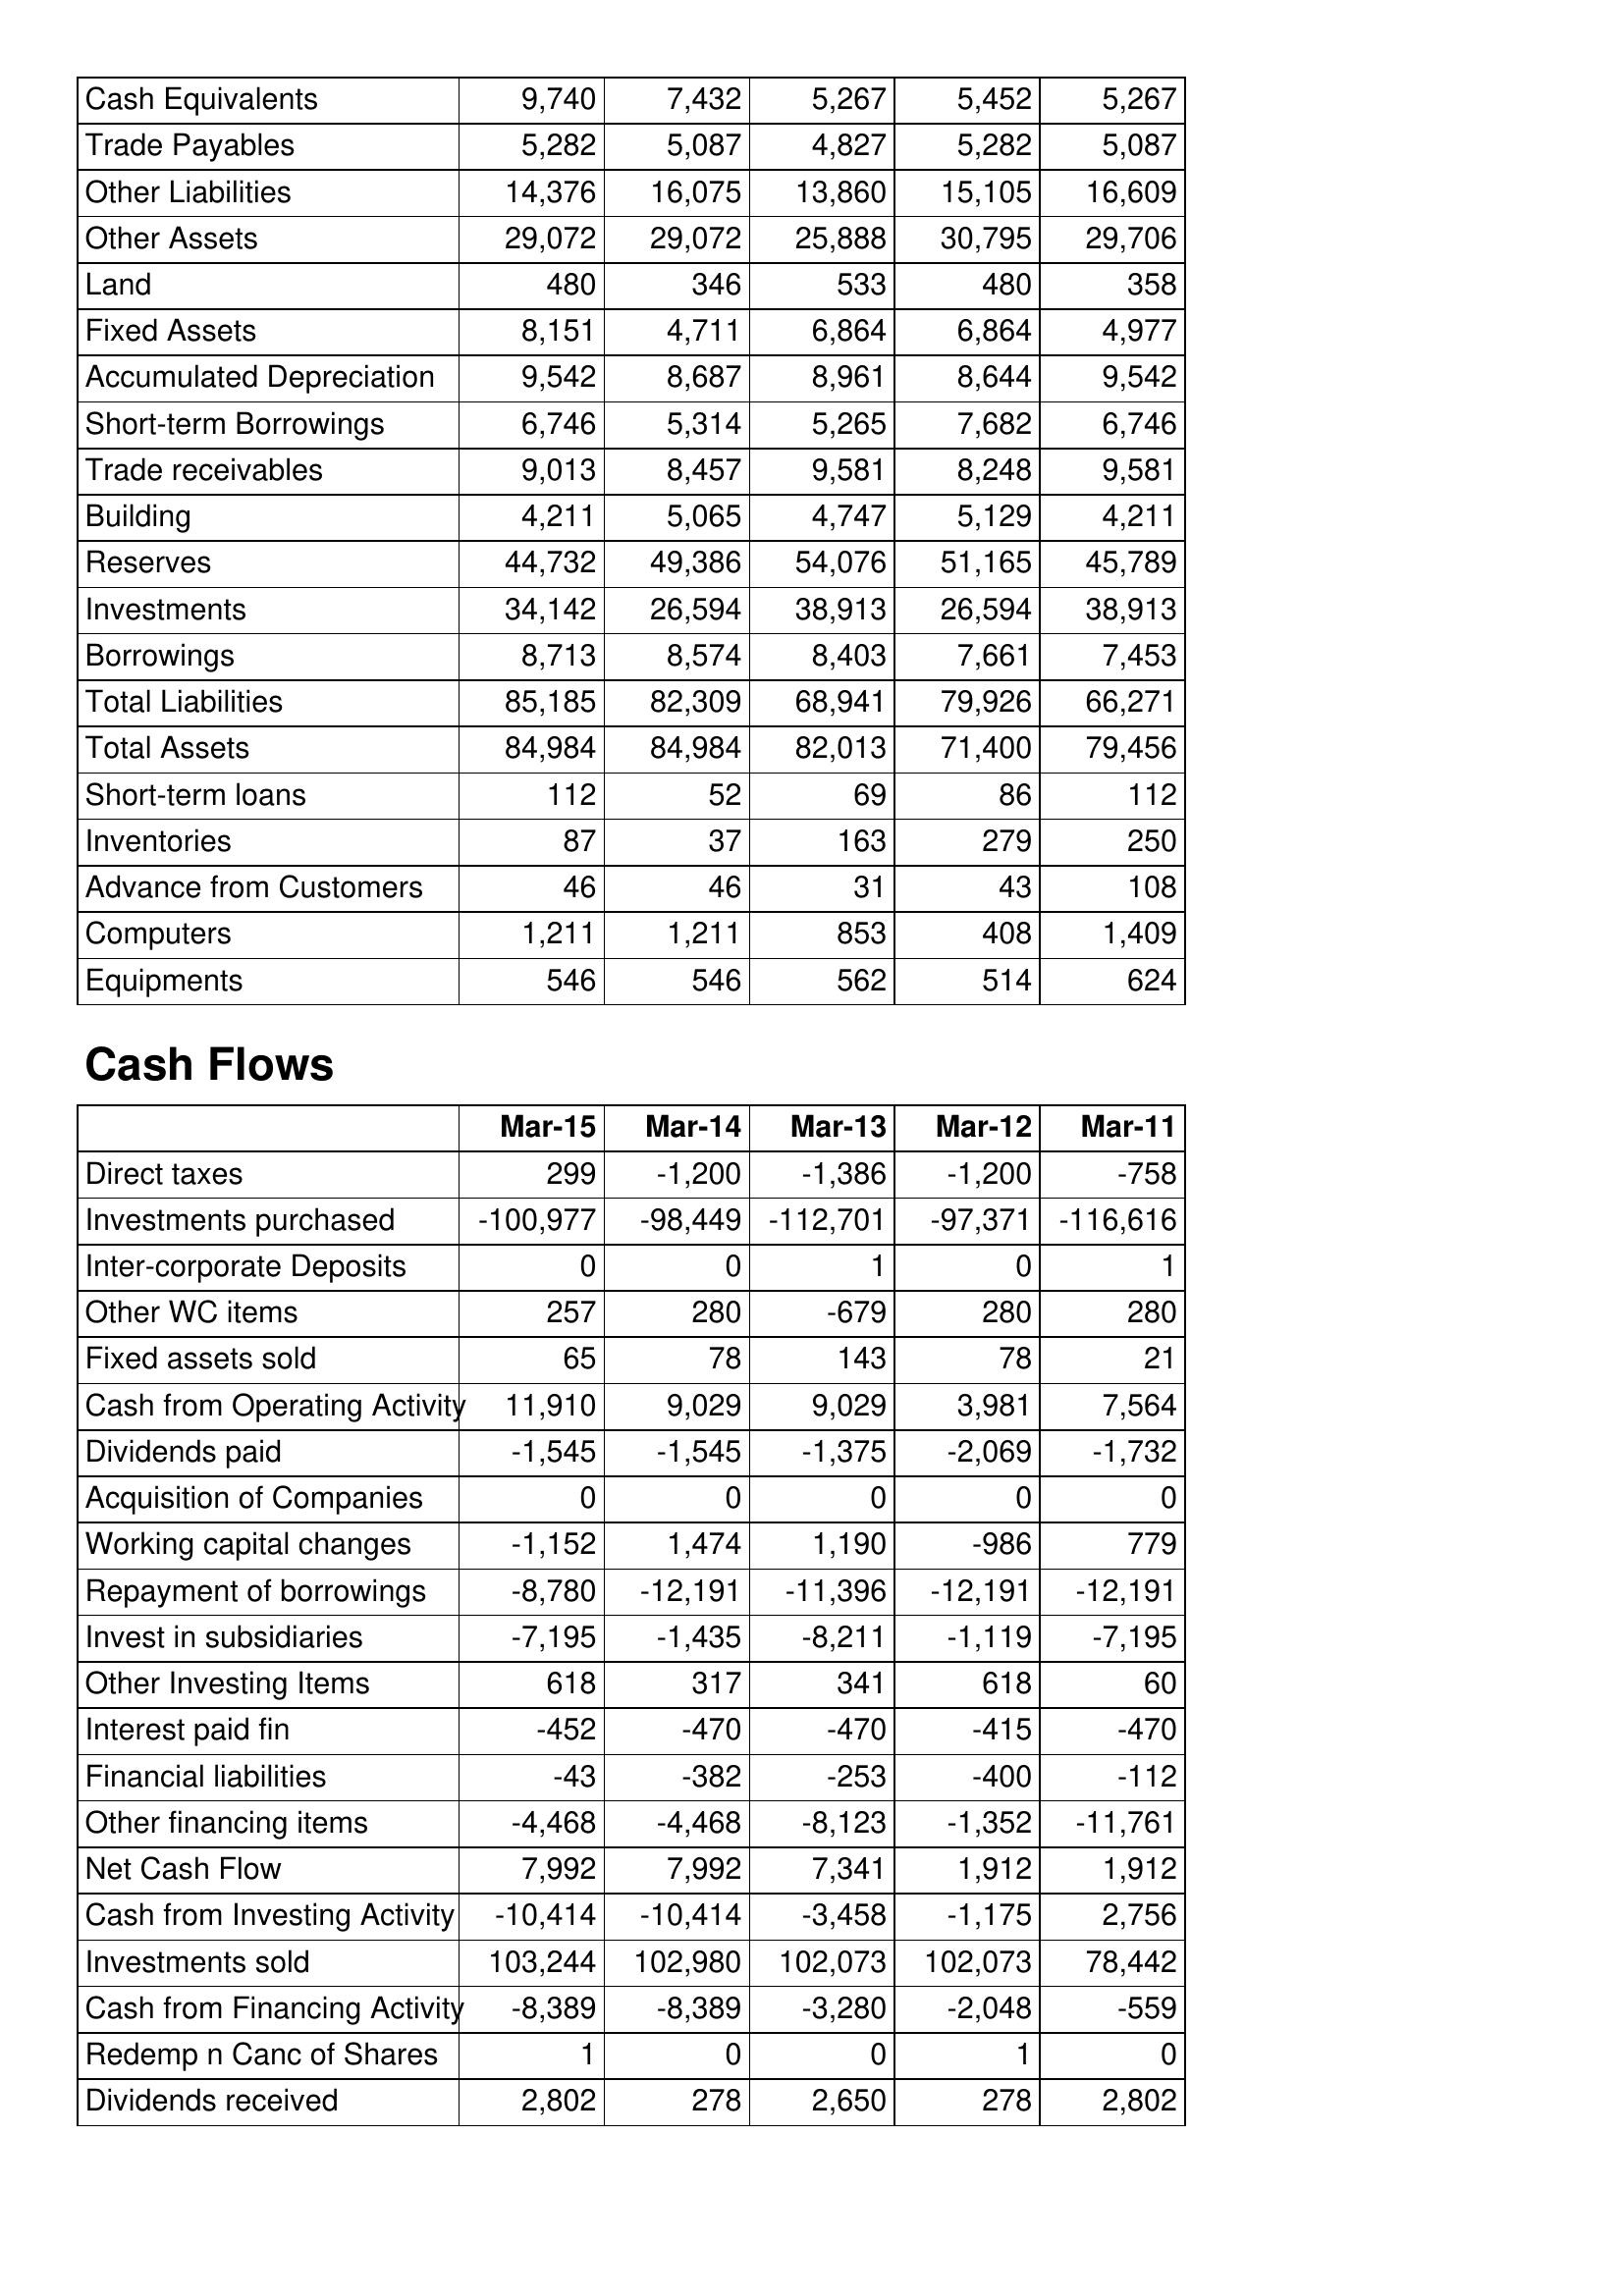
Mar-15: Balance Sheet: Cash Equivalents: 9,740
Trade Payables: 5,282
Other Liabilities: 14,376
Other Assets: 29,072
Land: 480
Fixed Assets: 8,151
Accumulated Depreciation: 9,542
Short-term Borrowings: 6,746
Trade receivables: 9,013
Building: 4,211
Reserves: 44,732
Investments: 34,142
Borrowings: 8,713
Total Liabilities: 85,185
Total Assets: 84,984
Short-term loans: 112
Inventories: 87
Advance from Customers: 46
Computers: 1,211
Equipments: 546
Cash Flows: Direct taxes: 299
Investments purchased: -100,977
Inter-corporate Deposits: 0
Other WC items: 257
Fixed assets sold: 65
Cash from Operating Activity: 11,910
Dividends paid: -1,545
Acquisition of Companies: 0
Working capital changes: -1,152
Repayment of borrowings: -8,780
Invest in subsidiaries: -7,195
Other Investing Items: 618
Interest paid fin: -452
Financial liabilities: -43
Other financing items: -4,468
Net Cash Flow: 7,992
Cash from Investing Activity: -10,414
Investments sold: 103,244
Cash from Financing Activity: -8,389
Redemp n Canc of Shares: 1
Dividends received: 2,802
Mar-14: Balance Sheet: Cash Equivalents: 7,432
Trade Payables: 5,087
Other Liabilities: 16,075
Other Assets: 29,072
Land: 346
Fixed Assets: 4,711
Accumulated Depreciation: 8,687
Short-term Borrowings: 5,314
Trade receivables: 8,457
Building: 5,065
Reserves: 49,386
Investments: 26,594
Borrowings: 8,574
Total Liabilities: 82,309
Total Assets: 84,984
Short-term loans: 52
Inventories: 37
Advance from Customers: 46
Computers: 1,211
Equipments: 546
Cash Flows: Direct taxes: -1,200
Investments purchased: -98,449
Inter-corporate Deposits: 0
Other WC items: 280
Fixed assets sold: 78
Cash from Operating Activity: 9,029
Dividends paid: -1,545
Acquisition of Companies: 0
Working capital changes: 1,474
Repayment of borrowings: -12,191
Invest in subsidiaries: -1,435
Other Investing Items: 317
Interest paid fin: -470
Financial liabilities: -382
Other financing items: -4,468
Net Cash Flow: 7,992
Cash from Investing Activity: -10,414
Investments sold: 102,980
Cash from Financing Activity: -8,389
Redemp n Canc of Shares: 0
Dividends received: 278
Mar-13: Balance Sheet: Cash Equivalents: 5,267
Trade Payables: 4,827
Other Liabilities: 13,860
Other Assets: 25,888
Land: 533
Fixed Assets: 6,864
Accumulated Depreciation: 8,961
Short-term Borrowings: 5,265
Trade receivables: 9,581
Building: 4,747
Reserves: 54,076
Investments: 38,913
Borrowings: 8,403
Total Liabilities: 68,941
Total Assets: 82,013
Short-term loans: 69
Inventories: 163
Advance from Customers: 31
Computers: 853
Equipments: 562
Cash Flows: Direct taxes: -1,386
Investments purchased: -112,701
Inter-corporate Deposits: 1
Other WC items: -679
Fixed assets sold: 143
Cash from Operating Activity: 9,029
Dividends paid: -1,375
Acquisition of Companies: 0
Working capital changes: 1,190
Repayment of borrowings: -11,396
Invest in subsidiaries: -8,211
Other Investing Items: 341
Interest paid fin: -470
Financial liabilities: -253
Other financing items: -8,123
Net Cash Flow: 7,341
Cash from Investing Activity: -3,458
Investments sold: 102,073
Cash from Financing Activity: -3,280
Redemp n Canc of Shares: 0
Dividends received: 2,650
Mar-12: Balance Sheet: Cash Equivalents: 5,452
Trade Payables: 5,282
Other Liabilities: 15,105
Other Assets: 30,795
Land: 480
Fixed Assets: 6,864
Accumulated Depreciation: 8,644
Short-term Borrowings: 7,682
Trade receivables: 8,248
Building: 5,129
Reserves: 51,165
Investments: 26,594
Borrowings: 7,661
Total Liabilities: 79,926
Total Assets: 71,400
Short-term loans: 86
Inventories: 279
Advance from Customers: 43
Computers: 408
Equipments: 514
Cash Flows: Direct taxes: -1,200
Investments purchased: -97,371
Inter-corporate Deposits: 0
Other WC items: 280
Fixed assets sold: 78
Cash from Operating Activity: 3,981
Dividends paid: -2,069
Acquisition of Companies: 0
Working capital changes: -986
Repayment of borrowings: -12,191
Invest in subsidiaries: -1,119
Other Investing Items: 618
Interest paid fin: -415
Financial liabilities: -400
Other financing items: -1,352
Net Cash Flow: 1,912
Cash from Investing Activity: -1,175
Investments sold: 102,073
Cash from Financing Activity: -2,048
Redemp n Canc of Shares: 1
Dividends received: 278
Mar-11: Balance Sheet: Cash Equivalents: 5,267
Trade Payables: 5,087
Other Liabilities: 16,609
Other Assets: 29,706
Land: 358
Fixed Assets: 4,977
Accumulated Depreciation: 9,542
Short-term Borrowings: 6,746
Trade receivables: 9,581
Building: 4,211
Reserves: 45,789
Investments: 38,913
Borrowings: 7,453
Total Liabilities: 66,271
Total Assets: 79,456
Short-term loans: 112
Inventories: 250
Advance from Customers: 108
Computers: 1,409
Equipments: 624
Cash Flows: Direct taxes: -758
Investments purchased: -116,616
Inter-corporate Deposits: 1
Other WC items: 280
Fixed assets sold: 21
Cash from Operating Activity: 7,564
Dividends paid: -1,732
Acquisition of Companies: 0
Working capital changes: 779
Repayment of borrowings: -12,191
Invest in subsidiaries: -7,195
Other Investing Items: 60
Interest paid fin: -470
Financial liabilities: -112
Other financing items: -11,761
Net Cash Flow: 1,912
Cash from Investing Activity: 2,756
Investments sold: 78,442
Cash from Financing Activity: -559
Redemp n Canc of Shares: 0
Dividends received: 2,802